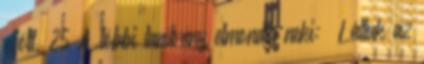
eljött. 25 A többi tanítvány elmondta neki: „Láttuk az